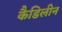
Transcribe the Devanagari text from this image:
कैडिलीन